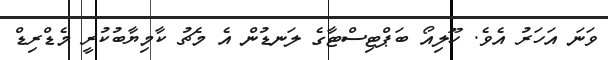
ވަނަ އަހަރު އެވެ. ހޫލިއޯ ބަޕްޓިސްޓާގެ ލަނޑުން އެ މެޗު ކާމިޔާބުކުރީ މެޑްރިޑް